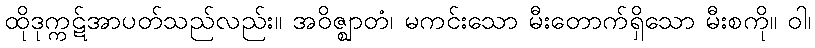
ထိုဒုက္ကဋ်အာပတ်သည်လည်း။ အဝိဇ္ဈာတံ၊ မကင်းသော မီးတောက်ရှိသော မီးစကို။ ဝါ၊